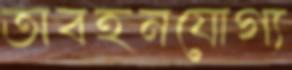
অবহনযোগ্য